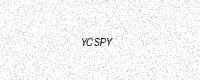
Text: YCSPY